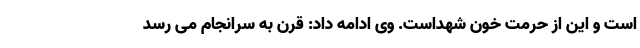
است و این از حرمت خون شهداست. وی ادامه داد: قرن به سرانجام می رسد